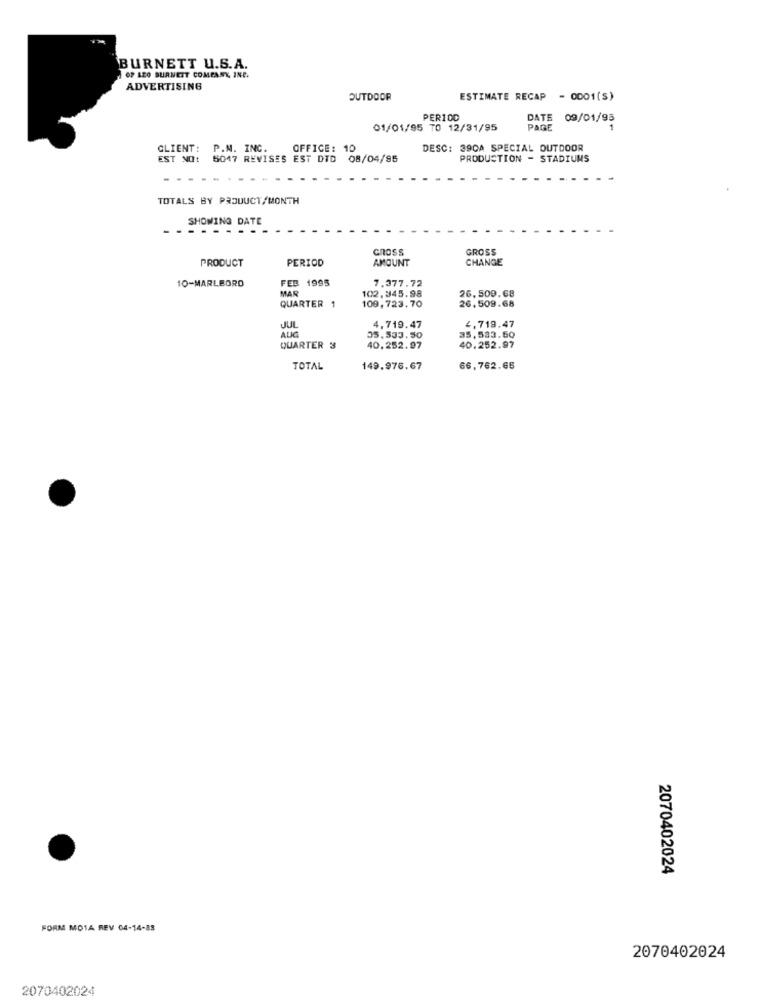
BURNETT U.S.A.
OP LEO BURNETT COMPANY INC.
ADVERTISING
OUTDOOR
ESTIMATE RECAP - 0001(S)
PER100
DATE
09/01/95
01/01/95 TO 12/31/95
PAGE
CLIENT:
P.N. INC.
OFFICE: 10
DESC: 390A SPECIAL OUTDOOR
EST NO: 5047 REVISES EST DTD 08/04/95
PRODUCTION - STADIUMS
TOTALS BY PRODUCT/MONTH
SHOWING DATE
CROSS
GROSS
PRODUCT
PERIOD
AMOUNT
CHANGE
10-MARLBORO
FEB 1995
MAR
7.377.72
26,509.68
QUARTER 1
102,345.98
109,723.70
26.509.68
JUL
AUG
4,719.47
4,719.47
05.533.50
35,533.50
QUARTER 3
40.252.97
40.252.97
TOTAL
149.976.67
66,762.65
2070402024
FORM MOTA REV 04-14-88
2070402024
2070402024